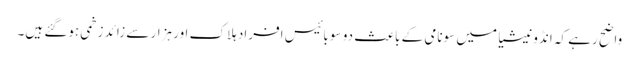
واضح رہے کہ انڈونیشیا میں سونامی کے باعث دو سو بائیس افراد ہلاک اور ہزار سے زائد زخمی ہوگئے ہیں۔